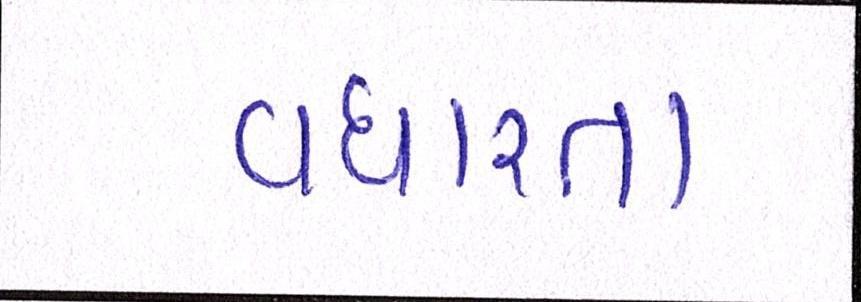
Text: વધારતા